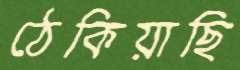
ঠেকিয়াছি